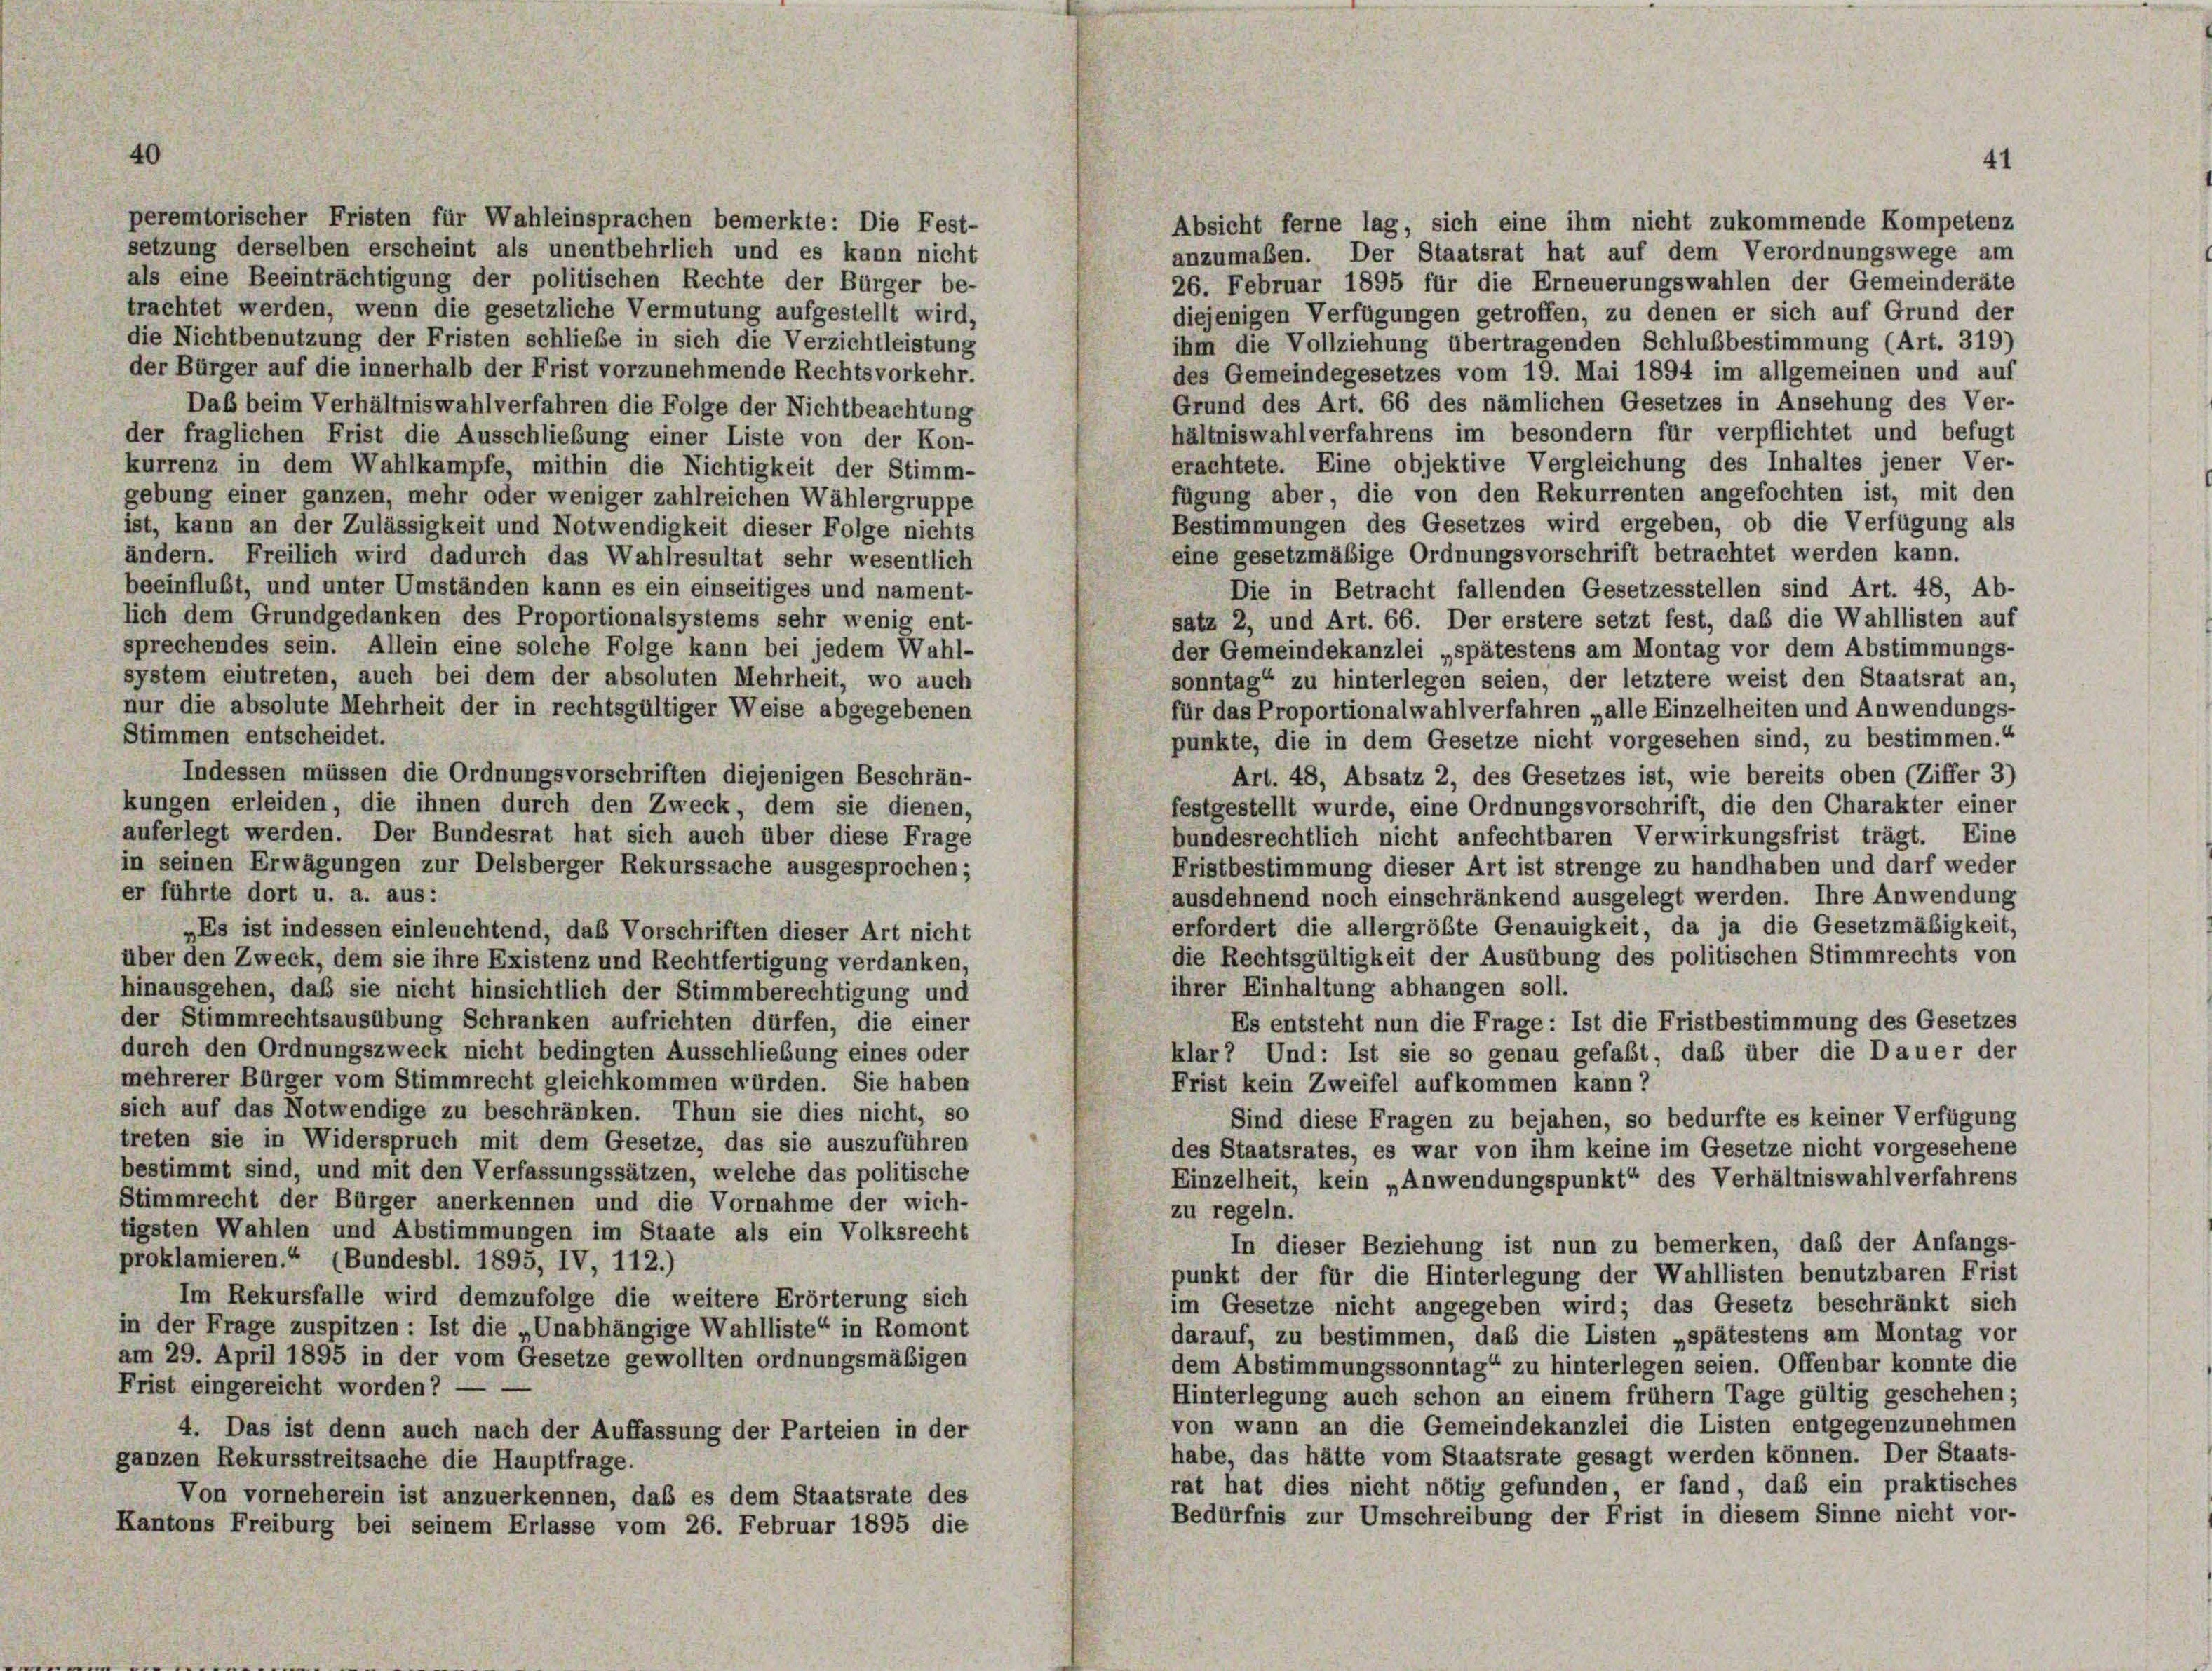
40

Absicht ferne lag, sich eine ihm nicht zukommende Kompetenz
anzumaßen. Der Staatsrat hat auf dem Verordnungswege am
26. Februar 1895 für die Erneuerungswahlen der Gemeinderäte
trachtet werden, wenn die gesetzliche Vermutung aufgestellt wird,
diejenigen Verfügungen getroffen, zu denen er sich auf Grund der
die Nichtbenutzung der Fristen schließe in sich die Verzichtleistung
ihm die Vollziehung übertragenden Schlußbestimmung (Art. 319)
der Bürger auf die innerhalb der Frist vorzunehmende Rechtsvorkehr.
des Gemeindegesetzes vom 19. Mai 1894 im allgemeinen und auf
Grund des Art. 66 des nämlichen Gesetzes in Ansehung des Ver-
Daß beim Verhältniswahlverfahren die Folge der Nichtbeachtung
hältniswahlverfahrens im besondern für verpflichtet und befugt
der fraglichen Frist die Ausschließung einer Liste von der Kon-
erachtete. Eine objektive Vergleichung des Inhaltes jener Ver-
kurrenz in dem Wahlkampfe, mithin die Nichtigkeit der Stimm-
fügung aber, die von den Rekurrenten angefochten ist, mit den
gebung einer ganzen, mehr oder weniger zahlreichen Wählergruppe
Bestimmungen des Gesetzes wird ergeben, ob die Verfügung als
ist, kann an der Zulässigkeit und Notwendigkeit dieser Folge nichts
eine gesetzmäßige Ordnungsvorschrift betrachtet werden kann.
ändern. Freilich wird dadurch das Wahlresultat sehr wesentlich
beeinflußt, und unter Umständen kann es ein einseitiges und nament-
Die in Betracht fallenden Gesetzesstellen sind Art. 48, Ab-
lich dem Grundgedanken des Proportionalsystems sehr wenig ent-
satz 2, und Art. 66. Der erstere setzt fest, daß die Wahllisten auf
sprechendes sein. Allein eine solche Folge kann bei jedem Wahl-
der Gemeindekanzlei „spätestens am Montag vor dem Abstimmungs-
system eintreten, auch bei dem der absoluten Mehrheit, wo auch
sonntag“ zu hinterlegen seien, der letztere weist den Staatsrat an,
nur die absolute Mehrheit der in rechtsgültiger Weise abgegebenen
für das Proportionalwahlverfahren „alle Einzelheiten und Anwendungs-
Stimmen entscheidet.
punkte, die in dem Gesetze nicht vorgesehen sind, zu bestimmen.“
Indessen müssen die Ordnungsvorschriften diejenigen Beschrän-
Art. 48, Absatz 2, des Gesetzes ist, wie bereits oben (Ziffer 3)
kungen erleiden, die ihnen durch den Zweck, dem sie dienen,
festgestellt wurde, eine Ordnungsvorschrift, die den Charakter einer
auferlegt werden. Der Bundesrat hat sich auch über diese Frage
bundesrechtlich nicht anfechtbaren Verwirkungsfrist trägt. Eine
in seinen Erwägungen zur Delsberger Rekurssache ausgesprochen;
Fristbestimmung dieser Art ist strenge zu handhaben und darf weder
er führte dort u. a. aus:
ausdehnend noch einschränkend ausgelegt werden. Ihre Anwendung
erfordert die allergrößte Genauigkeit, da ja die Gesetzmäßigkeit,
„Es ist indessen einleuchtend, das Vorschriften dieser Art nicht
die Rechtsgültigkeit der Ausübung des politischen Stimmrechts von
über den Zweck, dem sie ihre Existenz und Rechtfertigung verdanken
ihrer Einhaltung abhangen soll.
hinausgehen, daß sie nicht hinsichtlich der Stimmberechtigung und
der Stimmrechtsausübung Schranken aufrichten dürfen, die einer
Es entsteht nun die Frage: Ist die Fristbestimmung des Gesetzes
durch den Ordnungszweck nicht bedingten Ausschließung eines oder
klar? Und: Ist sie so genau gefaßt, daß über die Dauer der
mehrerer Bürger vom Stimmrecht gleichkommen würden. Sie haben
Frist kein Zweifel aufkommen kann?
sich auf das Notwendige zu beschränken. Thun sie dies nicht, so
Sind diese Fragen zu bejahen, so bedurfte es keiner Verfügung
treten sie in Widerspruch mit dem Gesetze, das sie auszuführen
des Staatsrates, es war von ihm keine im Gesetze nicht vorgesehene
bestimmt sind, und mit den Verfassungssätzen, welche das politische
Einzelheit, kein „Anwendungspunkt“ des Verhältniswahlverfahrens
Stimmrecht der Bürger anerkennen und die Vornahme der wich-
zu regeln.
tigsten Wahlen und Abstimmungen im Staate als ein Volksrecht
In dieser Beziehung ist nun zu bemerken, daß der Anfangs-
proklamieren.“ (Bundesbl. 1895, IV, 112.)
punkt der für die Hinterlegung der Wahllisten benutzbaren Frist
Im Rekursfalle wird demzufolge die weitere Erörterung sich
im Gesetze nicht angegeben wird; das Gesetz beschränkt sich
in der Frage zuspitzen : Ist die „Unabhängige Wahlliste“ in Romont
darauf, zu bestimmen, daß die Listen „spätestens am Montag vor
am 29. April 1895 in der vom Gesetze gewollten ordnungsmäßigen
dem Abstimmungssonntag“ zu hinterlegen seien. Offenbar konnte die
Frist eingereicht worden? -
Hinterlegung auch schon an einem frühem Tage gültig geschehen;
von wann an die Gemeindekanzlei die Listen entgegenzunehmen
4. Das ist denn auch nach der Auffassung der Parteien in der
habe, das hätte vom Staatsrate gesagt werden können. Der Staats-
ganzen Rekursstreitsache die Hauptfrage.
rat hat dies nicht nötig gefunden, er fand, daß ein praktisches
Von vorneherein ist anzuerkennen, daß es dem Staatsrate des
Bedürfnis zur Umschreibung der Frist in diesem Sinne nicht vor-
Kantons Freiburg bei seinem Erlasse vom 26. Februar 1895 die

peremtorischer Fristen für Wahleinsprachen bemerkte: Die Fest-
setzung derselben erscheint als unentbehrlich und es kann nicht
als eine Beeinträchtigung der politischen Rechte der Bürger be-

41